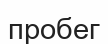
пробег